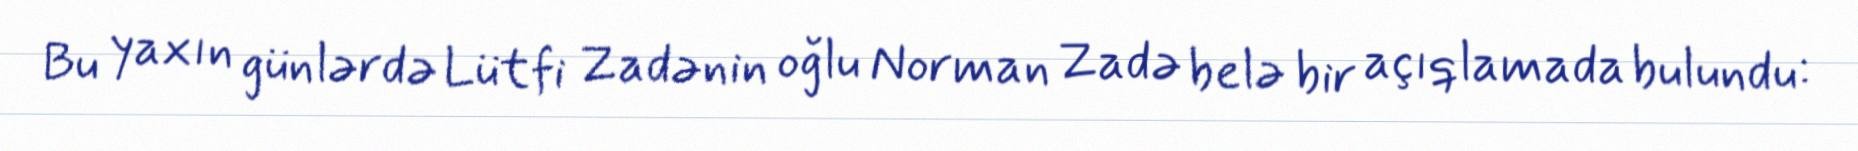
Bu yaxın günlərdə Lütfi Zadənin oğlu Norman Zadə belə bir açıqlamada bulundu: